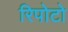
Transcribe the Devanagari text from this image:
रिपोटो